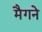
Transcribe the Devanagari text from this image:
मैगने